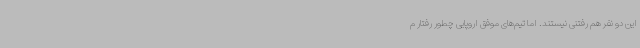
این دو نفر هم رفتنی نیستند. اما تیم‌های موفق اروپایی چطور رفتار م